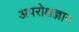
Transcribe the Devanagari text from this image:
अपरोक्षज्ञान